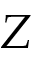
Z